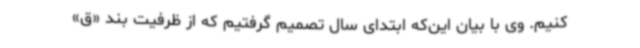
کنیم. وی با بیان این‌که ابتدای سال تصمیم گرفتیم که از ظرفیت بند «ق»